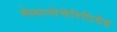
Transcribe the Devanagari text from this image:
मेलानोचेरिटिडेइ